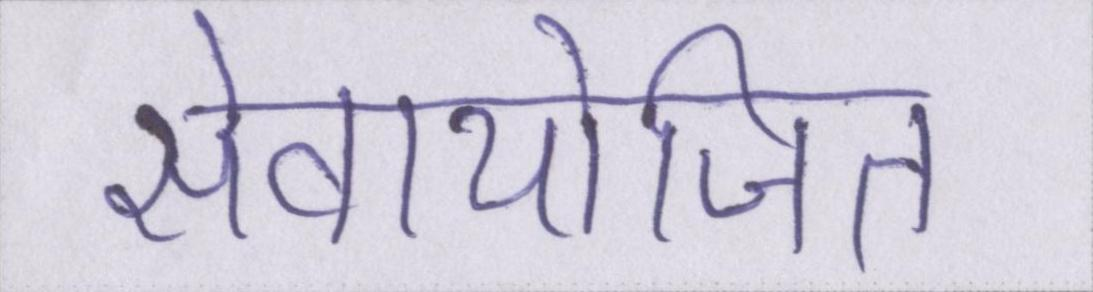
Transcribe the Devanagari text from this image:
सेवायोजित